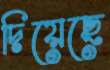
দিয়েছে